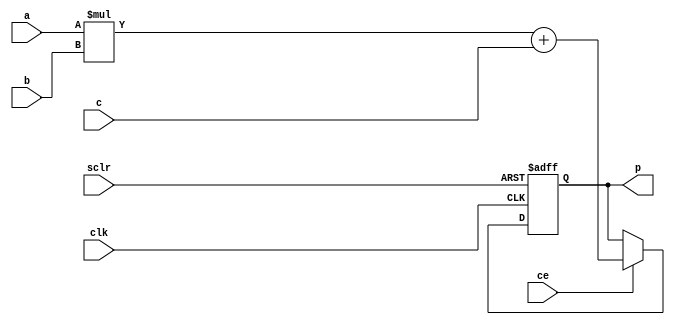
//`define FIXED_POINT 1
module mac_manual #(parameter N = 16,parameter Q = 12)(
    input clk,sclr,ce,
    input [N-1:0] a,
    input [N-1:0] b,
    input [N-1:0] c,
    output [N-1:0] p
    );
 
`ifdef FIXED_POINT
    wire [N-1:0] mult,add;
    reg [N-1:0] tmp;
    wire ovr;
    qmult #(N,Q) mul (
                .clk(clk),
                .rst(sclr),
                .a(a),
                .b(b),
                .q_result(mult),
                .overflow(ovr)
                );
    qadd #(N,Q) add1 (
                .a(mult),
                .b(c),
                .c(add)
                );
     
    always@(posedge clk,posedge sclr)
           begin
               if(sclr)
               begin
                   tmp <= 0;
               end
               else if(ce)
               begin
                   tmp <= add;
               end
           end
           assign p = tmp;
`else
    reg [N-1:0] temp;
    always@(posedge clk,posedge sclr)
    begin
        if(sclr)
        begin
            temp <= 0;
        end
        else if(ce)
        begin
            temp <= (a*b+c);
        end
    end
    assign p = temp;
 `endif 
endmodule